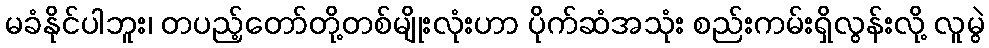
မခံနိုင်ပါဘူး၊ တပည့်တော်တို့တစ်မျိုးလုံးဟာ ပိုက်ဆံအသုံး စည်းကမ်းရှိလွန်းလို့ လူမွဲ